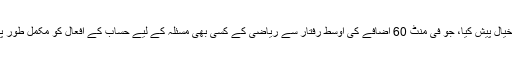
1842ء میں انہوں نے اینالیٹکل انجن کا خیال پیش کیا، جو فی منٹ 60 اضافے کی اوسط رفتار سے ریاضی کے کسی بھی مسئلہ کے لیے حساب کے افعال کو مکمل طور پر خود کار طریقے سے انجام دے سکے۔